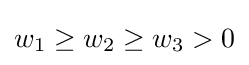
w_{1}\geq w_{2}\geq w_{3}>0